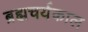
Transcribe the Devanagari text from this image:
ब्रह्मचर्यकाल